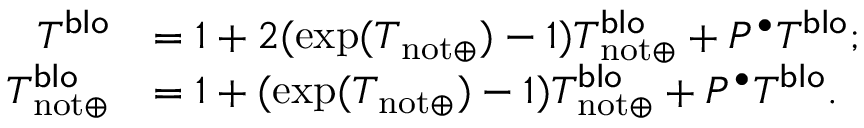
\begin{array} { r l } { T ^ { \mathsf { b l o } } } & { = 1 + 2 ( \exp ( T _ { \mathrm { n o t } \oplus } ) - 1 ) T _ { \mathrm { n o t } \oplus } ^ { \mathsf { b l o } } + P ^ { \bullet } T ^ { \mathsf { b l o } } ; } \\ { T _ { \mathrm { n o t } \oplus } ^ { \mathsf { b l o } } } & { = 1 + ( \exp ( T _ { \mathrm { n o t } \oplus } ) - 1 ) T _ { \mathrm { n o t } \oplus } ^ { \mathsf { b l o } } + P ^ { \bullet } T ^ { \mathsf { b l o } } . } \end{array}